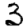
Digit: 3